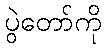
ပွဲတော်ကို